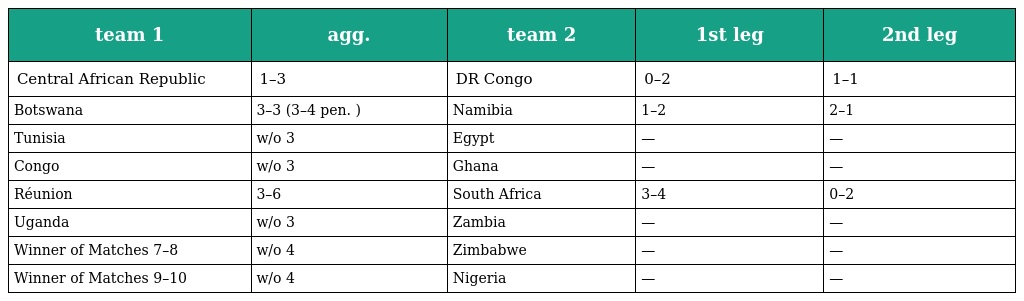
| team 1 | agg. | team 2 | 1st leg | 2nd leg |
 | --- | --- | --- | --- | --- |
 | Central African Republic | 1–3 | DR Congo | 0–2 | 1–1 |
 | Botswana | 3–3 (3–4 pen. ) | Namibia | 1–2 | 2–1 |
 | Tunisia | w/o 3 | Egypt | — | — |
 | Congo | w/o 3 | Ghana | — | — |
 | Réunion | 3–6 | South Africa | 3–4 | 0–2 |
 | Uganda | w/o 3 | Zambia | — | — |
 | Winner of Matches 7–8 | w/o 4 | Zimbabwe | — | — |
 | Winner of Matches 9–10 | w/o 4 | Nigeria | — | — |